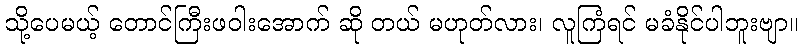
သို့ပေမယ့် တောင်ကြီးဖဝါးအောက် ဆို တယ် မဟုတ်လား၊ လူကြံရင် မခံနိုင်ပါဘူးဗျာ။